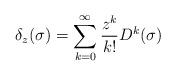
LaTeX: \begin{align*}\delta_z(\sigma) = \sum_{k=0}^\infty \frac{z^k}{k!}D^k(\sigma)\end{align*}